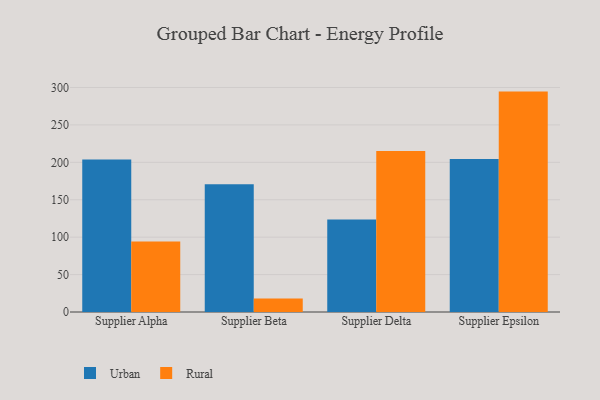
{"axis": {"x": "Supplier", "y": "Website Visitors"}, "legend": ["Rural", "Urban"], "data": [{"x": "Supplier Alpha", "y": 203.7, "type": "Urban"}, {"x": "Supplier Alpha", "y": 94.1, "type": "Rural"}, {"x": "Supplier Beta", "y": 170.6, "type": "Urban"}, {"x": "Supplier Beta", "y": 18.2, "type": "Rural"}, {"x": "Supplier Delta", "y": 123.7, "type": "Urban"}, {"x": "Supplier Delta", "y": 215.0, "type": "Rural"}, {"x": "Supplier Epsilon", "y": 204.6, "type": "Urban"}, {"x": "Supplier Epsilon", "y": 294.5, "type": "Rural"}]}